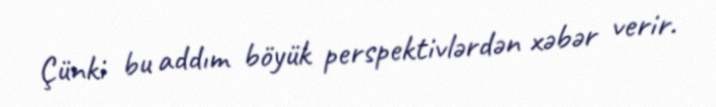
Çünki bu addım böyük perspektivlərdən xəbər verir.